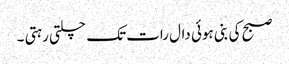
صبح کی بنی ہوئی دال رات تک چلتی رہتی ۔